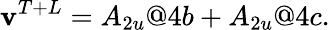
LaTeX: \mathbf{v}^{T+L}=A_{2u}@4b+A_{2u}@4c.